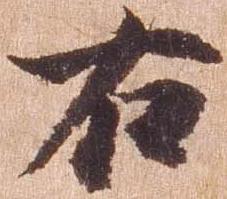
右